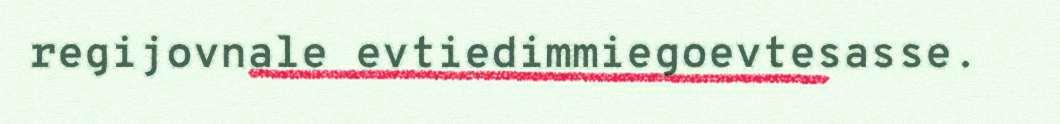
regijovnale evtiedimmiegoevtesasse.